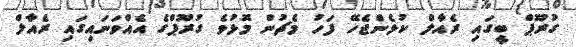
ގުރޫޕް ބީގައި ރެއާލް ކުޅެންޖެހޭ ފަހު މެޗުން މޮޅުވެ ގުރޫޕްގެ އެއްވަނައިގައި ރެއާލް